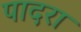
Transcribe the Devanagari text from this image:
पादरा